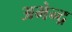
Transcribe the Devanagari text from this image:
अभेन्द्र